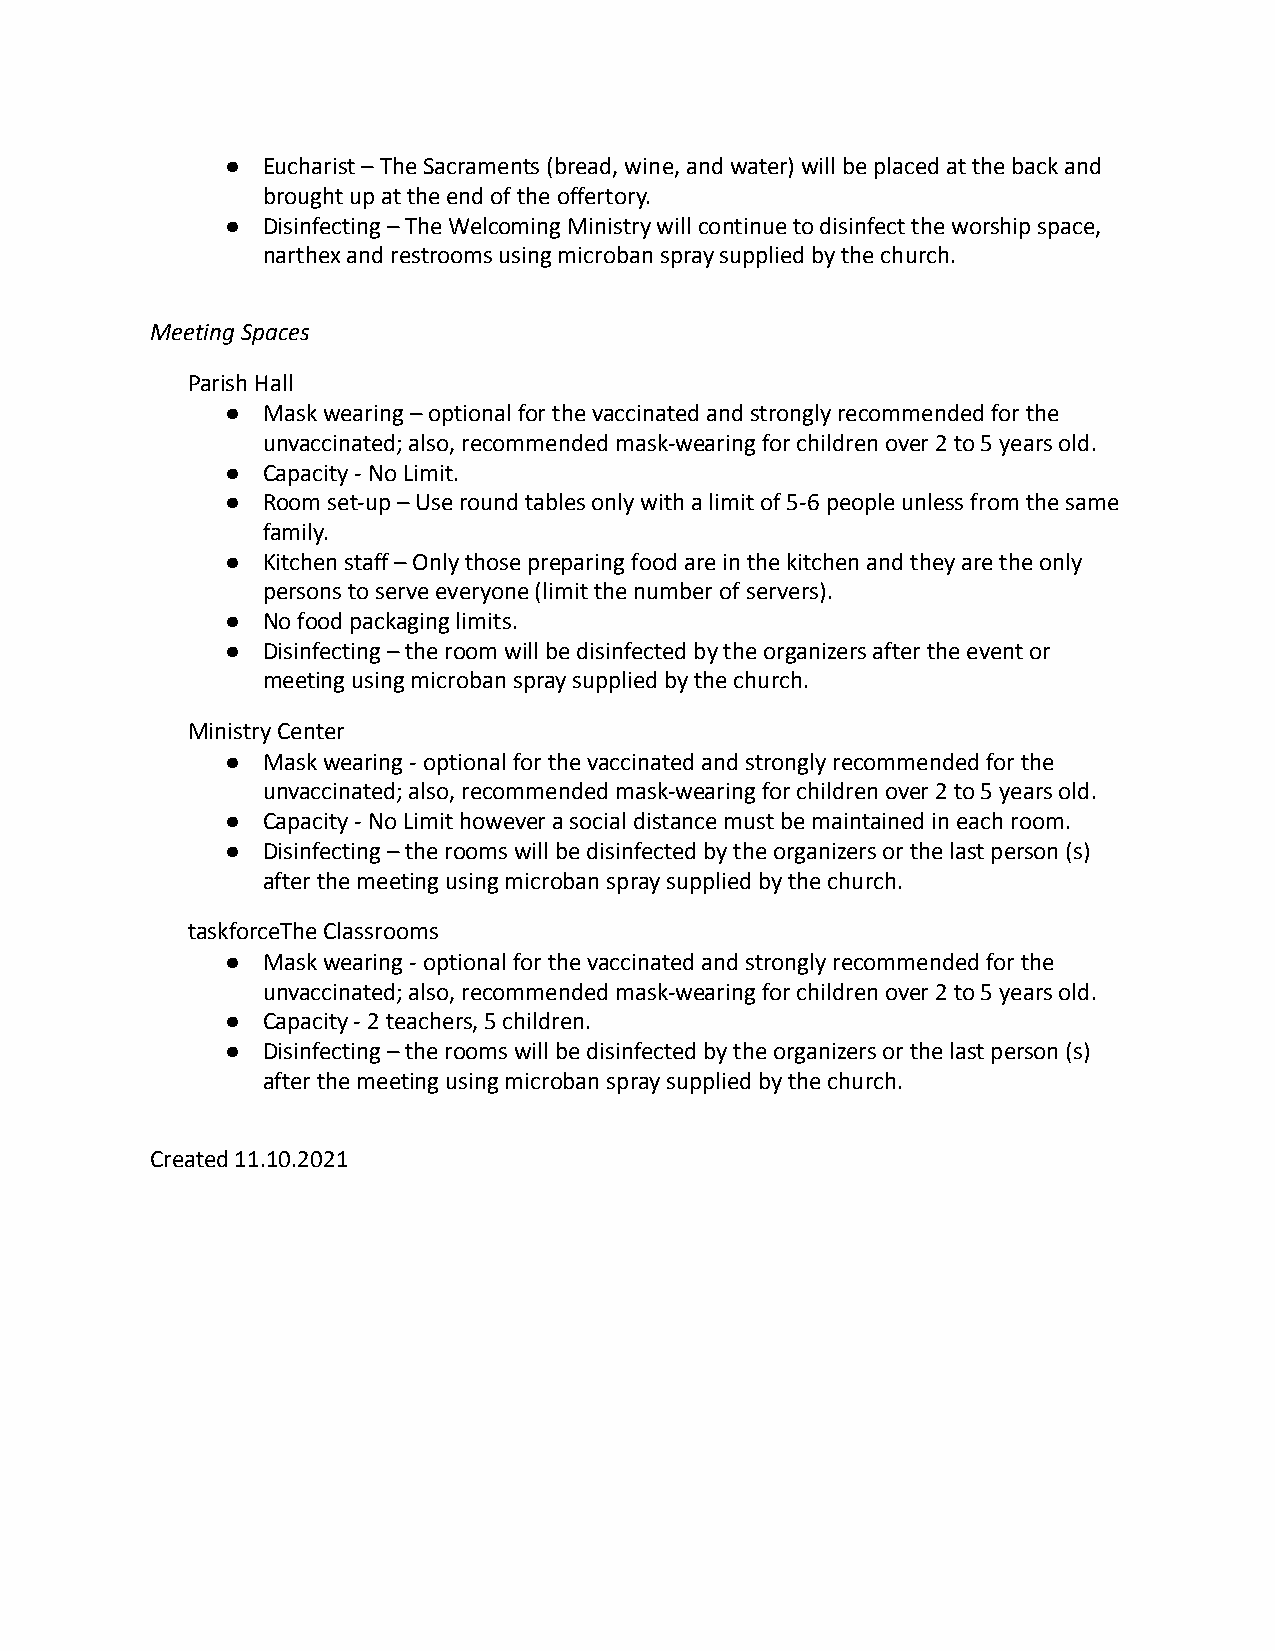
● Eucharist – The Sacraments (bread, wine, and water) will be placed at the back and
 brought up at the end of the offertory.
 ● Disinfecting – The Welcoming Ministry will continue to disinfect the worship space,
 narthex and restrooms using microban spray supplied by the church.
 Meeting Spaces
 Parish Hall
 ● Mask wearing – optional for the vaccinated and strongly recommended for the
 unvaccinated; also, recommended mask-wearing for children over 2 to 5 years old.
 ● Capacity - No Limit.
 ● Room set-up – Use round tables only with a limit of 5-6 people unless from the same
 family.
 ● Kitchen staff – Only those preparing food are in the kitchen and they are the only
 persons to serve everyone (limit the number of servers).
 ● No food packaging limits.
 ● Disinfecting – the room will be disinfected by the organizers after the event or
 meeting using microban spray supplied by the church.
 Ministry Center
 ● Mask wearing - optional for the vaccinated and strongly recommended for the
 unvaccinated; also, recommended mask-wearing for children over 2 to 5 years old.
 ● Capacity - No Limit however a social distance must be maintained in each room.
 ● Disinfecting – the rooms will be disinfected by the organizers or the last person (s)
 after the meeting using microban spray supplied by the church.
 taskforceThe Classrooms
 ● Mask wearing - optional for the vaccinated and strongly recommended for the
 unvaccinated; also, recommended mask-wearing for children over 2 to 5 years old.
 ● Capacity - 2 teachers, 5 children.
 ● Disinfecting – the rooms will be disinfected by the organizers or the last person (s)
 after the meeting using microban spray supplied by the church.
 Created 11.10.2021